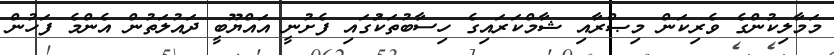
މަމާލިކުންގެ ވެރިކަން މިޞްރާއި ޝާމްކަރައިގެ ހިސާބުތަކުަގައި ފެށުނީ އައްޔޫބީ ދައުލަތުން އެންމެ ފަހުން